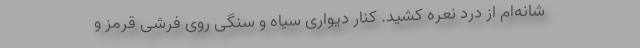
شانه‌ام از درد نعره کشید. کنار دیواری سیاه و سنگی روی فرشی قرمز و